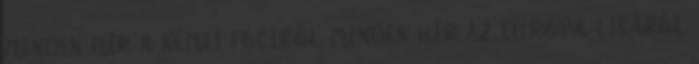
MINDEN HÍR A NÉMET FOCIRÓL MINDEN HÍR AZ EURÓPA-LIGÁRÓL